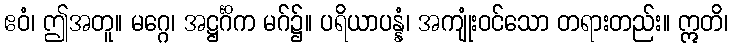
ဧဝံ၊ ဤအတူ။ မဂ္ဂေ၊ အဋ္ဌင်္ဂိက မဂ်၌။ ပရိယာပန္နံ၊ အကျုံးဝင်သော တရားတည်း။ ဣတိ၊